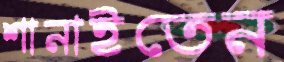
শানাইতেন